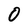
Character: 0